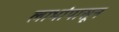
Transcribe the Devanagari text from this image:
लाभांपासून